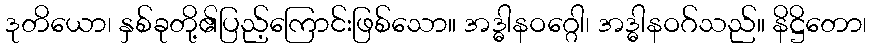
ဒုတိယော၊ နှစ်ခုတို့၏ပြည့်ကြောင်းဖြစ်သော။ အဒ္ဓါနဝဂ္ဂေါ၊ အဒ္ဓါနဝဂ်သည်။ နိဋ္ဌိတော၊